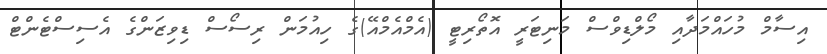
އިސާމް މުހައްމަދާއި މޯލްޑިވްސް މަނިޓަރީ އޮތޯރިޓީ (އެމްއެމްއޭ)ގެ ހިއުމަން ރިސޯސް ޑިވިޒަންގެ އެސިސްޓެންޓް